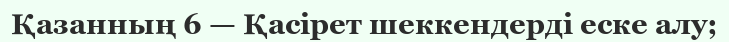
Қазанның 6 — Қасірет шеккендерді еске алу;